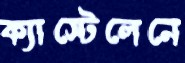
ক্যাস্টেলেনে